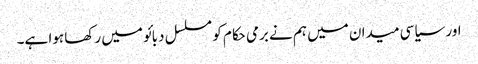
اور سیاسی میدان میں ہم نے برمی حکام کو مسلسل دبائو میں رکھا ہوا ہے۔